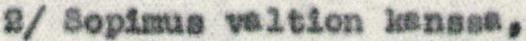
2/ Sopimus valtion kanssa,